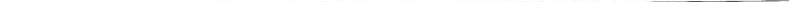
___